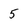
Character: 5